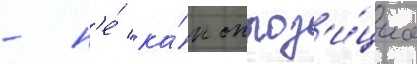
- н'е́ ка́к оппоз'и́циа